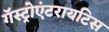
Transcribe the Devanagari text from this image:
गॅस्ट्रोएंटरायटिस